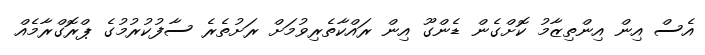
އެސް އިން އިންތިޒާމު ކޮށްގެން ޑެންގޫ އިން ރައްކާތެރިވުމަށް ރަށުތެރެ ސާފުކުރުމުގެ ޕްރޮގްރާމެއް